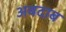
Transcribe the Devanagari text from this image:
अबदाब